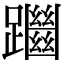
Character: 𨇔